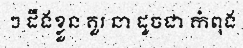
ៗ ដឹងខ្លួន គួរ នា ដូចជា កំពុង